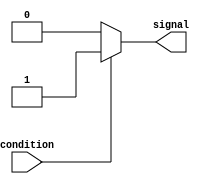
module SimpleAssign(
    input wire condition,
    output reg signal
);

always @*
begin
    if(condition)
        signal <= 1'b1; // Assign 1 to signal if condition is true
    else
        signal <= 1'b0; // Assign 0 to signal if condition is false
end

endmodule